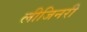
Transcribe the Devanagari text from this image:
लीजिनरी